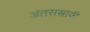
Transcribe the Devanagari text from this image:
अंतसस्रावी